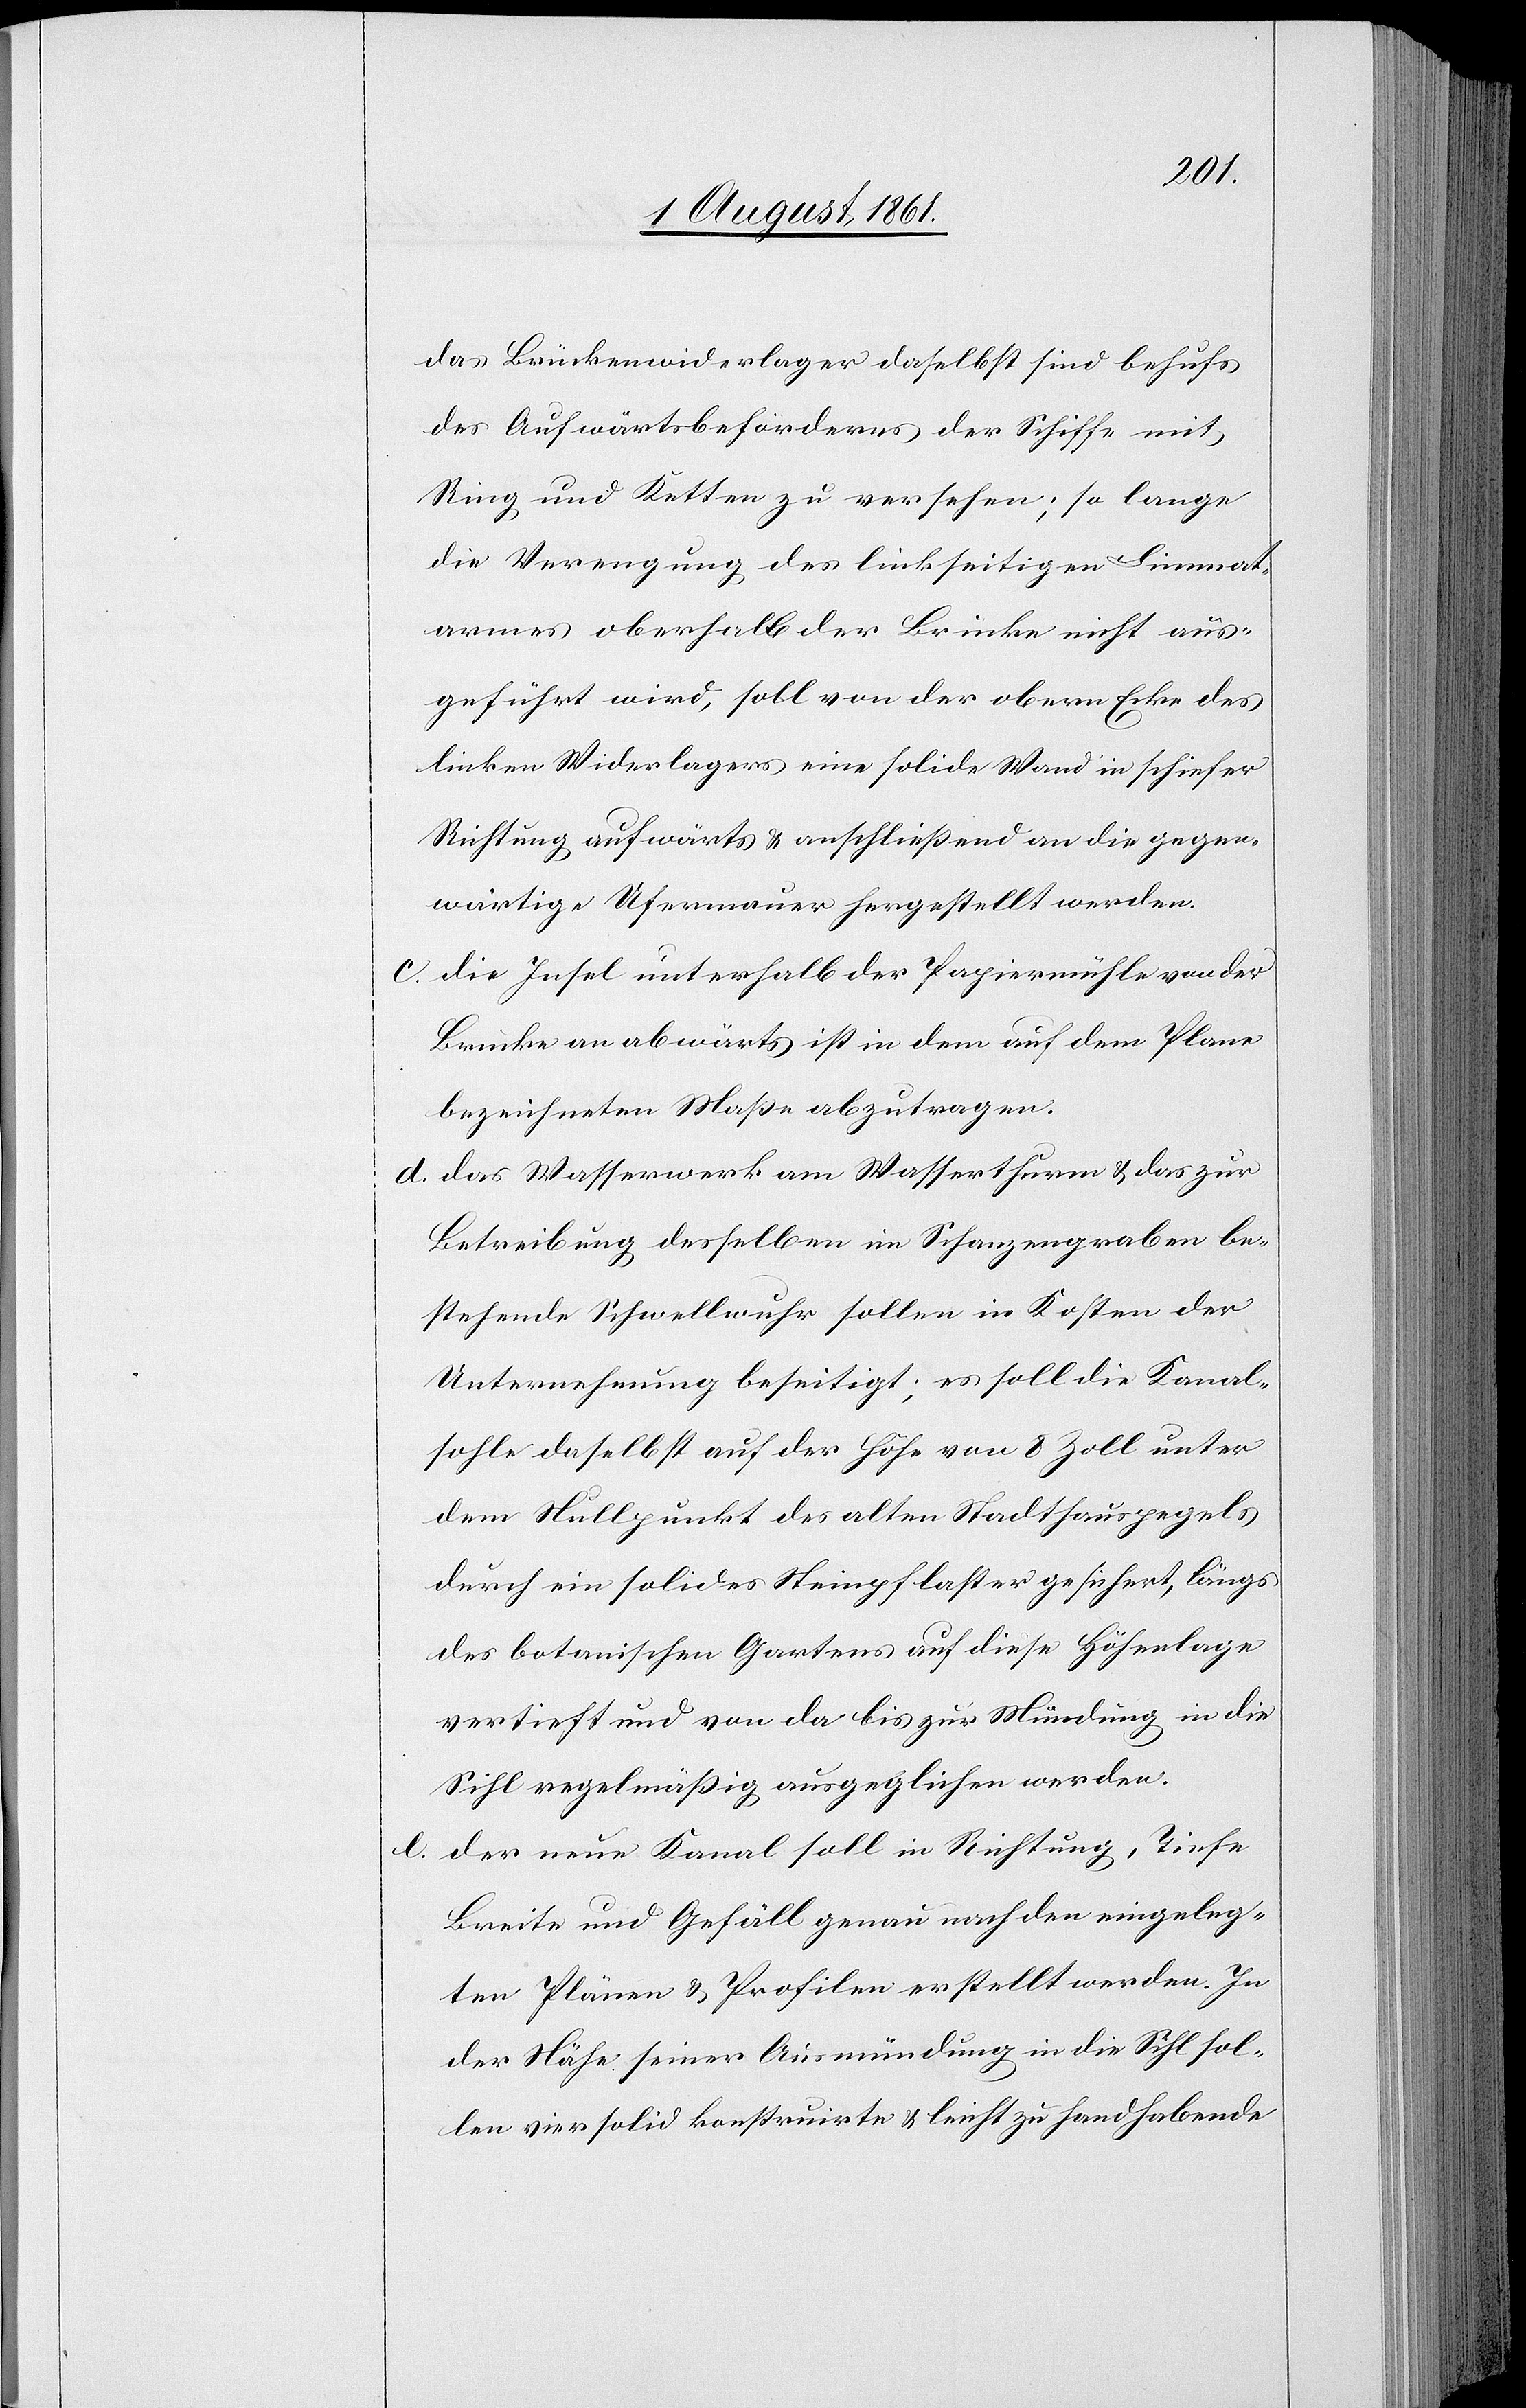
das Brückenwiderlager daselbst sind behufs
des Aufwärtsbeförderns der Schiffe mit
Ring und Ketten zu versehen; so lange
die Verengung des linkseitigen Limmat¬
armes oberhalb der Brücke nicht aus¬
geführt wird, soll von der obern Ecke des
linken Widerlagers eine solide Wand in schiefer
Richtung aufwärts u. anschließend an die gegen¬
wärtige Ufermauer hergestellt werden.
c. die Insel unterhalb der Papiermühle von der
Brücke an abwärts ist in den auf dem Plan
bezeichneten Maße abzutragen.
d. das Wasserwerk am Wasserthurm u. das zur
Betreibung desselben im Schanzengraben be¬
stehende Schwellwuhr sollen in Kosten der
Unternehmung beseitigt, es soll die Kanal¬
sohle daselbst auf der Höhe von 8 Zoll unter
dem Nullpunkt des alten Stadthauspegels
durch ein solides Steinpflaster gesichert, längs
des botanischen Gartens auf diese Höhenlage
vertieft und von da bis zur Mündung in die
Sihl regelmäßig ausgeglichen werden.
e. der neue Kanal soll in Richtung, Tiefe
Breite und Gefäll genau nach den eingeleg¬
ten Plänen u. Profilen erstellt werden. In
der Nähe seiner Ausmündung in die Sihl sol¬
len vier solid konstruirte u. leicht zu handhabende